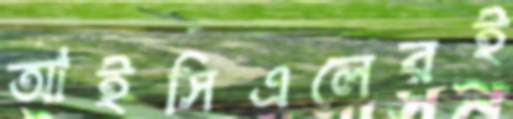
আইসিএলেরই